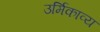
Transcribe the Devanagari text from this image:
उर्मिकाव्य